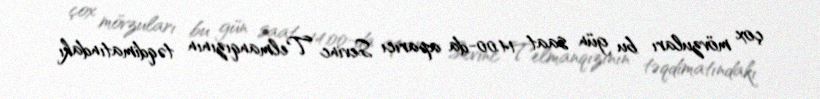
çox mövzuları bu gün saat 14.00-da aparıcı Sevinc Telmanqızının təqdimatındakı